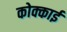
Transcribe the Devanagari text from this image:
कोक्काई